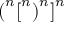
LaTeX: { ( } ^ { n } { [ } ^ { n } { ) } ^ { n } { ] } ^ { n }